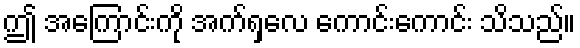
ဤ အကြောင်းကို အက်ရှလေ ကောင်းကောင်း သိသည်။